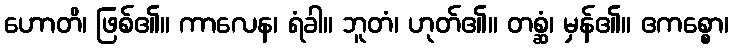
ဟောတိ၊ ဖြစ်၏။ ကာလေန၊ ရံခါ။ ဘူတံ၊ ဟုတ်၏။ တစ္ဆံ၊ မှန်၏။ ဧကစ္စော၊